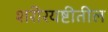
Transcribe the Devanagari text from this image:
शरीरयष्टीतील